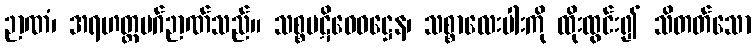
ဉာဏံ၊ အရဟတ္တမဂ်ဉာဏ်သည်။ သစ္စပဋိဝေဓဋ္ဌေန၊ သစ္စာလေးပါးကို ထိုးထွင်း၍ သိတတ်သော